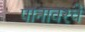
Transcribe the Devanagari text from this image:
पानावरचे